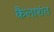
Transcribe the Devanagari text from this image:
कैलाशंत